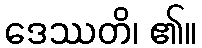
ဒေဿတိ၊ ၏။